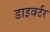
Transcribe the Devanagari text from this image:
डाइवर्टर